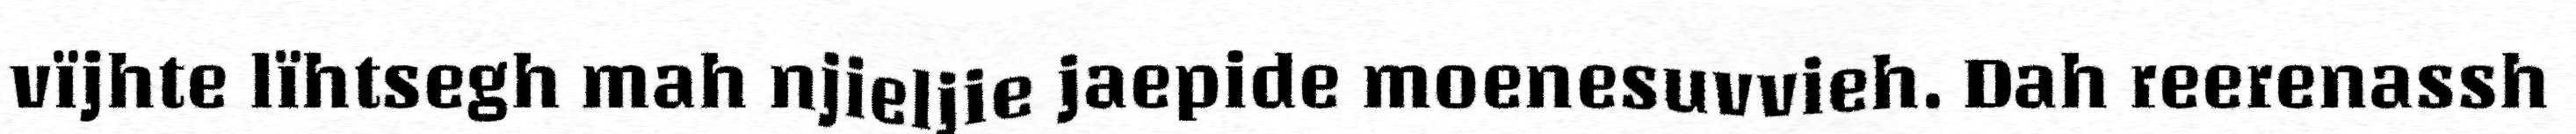
vïjhte lïhtsegh mah njieljie jaepide moenesuvvieh. Dah reerenassh